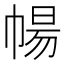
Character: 𭘩